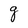
Character: g